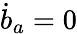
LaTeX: \dot{b}_{a}=0